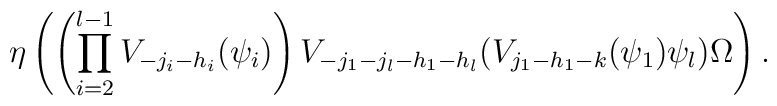
\eta \left( \left( \prod_{i=2}^{l-1} V_{-j_i-h_i}(\psi_i) \right) V_{- j_1 - j_l - h_1 - h_l}( V_{j_1 - h_1 - k}(\psi_1) \psi_l) \Omega \right).